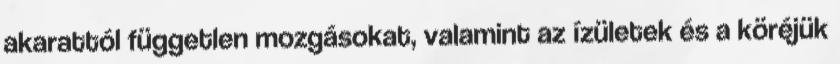
akarattól független mozgásokat, valamint az ízületek és a köréjük